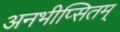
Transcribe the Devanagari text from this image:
अनभीप्सितम्